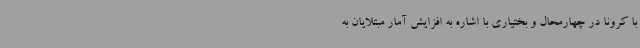
با کرونا در چهارمحال و بختیاری با اشاره به افزایش آمار مبتلایان به